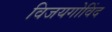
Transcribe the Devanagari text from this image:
विजयगोविंद